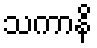
သကာနိ